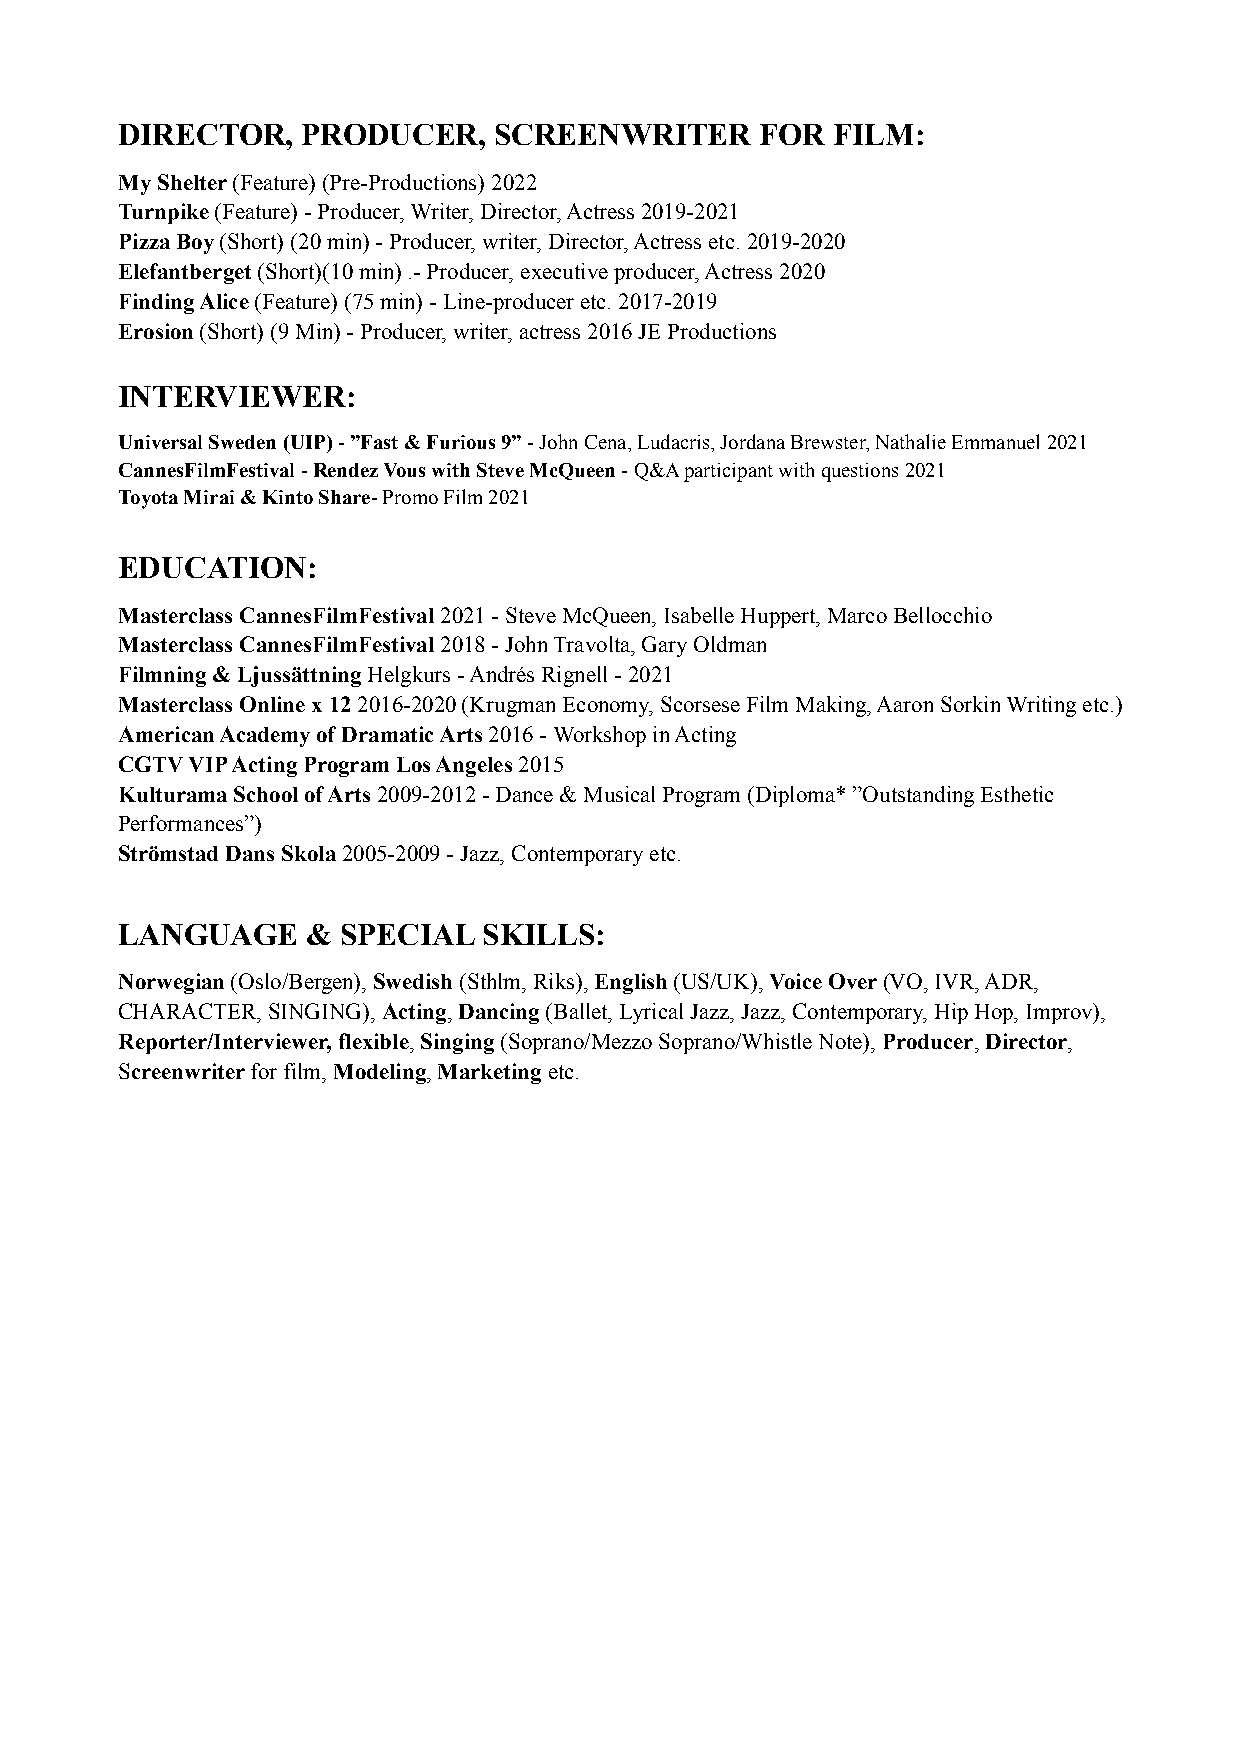
DIRECTOR,   PRODUCER,    SCREENWRITER     FOR  FILM:
 My Shelter (Feature) (Pre-Productions) 2022
 Turnpike (Feature) - Producer, Writer, Director, Actress 2019-2021
 Pizza Boy (Short) (20 min) - Producer, writer, Director, Actress etc. 2019-2020
 Elefantberget (Short)(10 min) .- Producer, executive producer, Actress 2020
 Finding Alice (Feature) (75 min) - Line-producer etc. 2017-2019
 Erosion (Short) (9 Min) - Producer, writer, actress 2016 JE Productions
 INTERVIEWER:
 Universal Sweden (UIP) - ”Fast & Furious 9” - John Cena, Ludacris, Jordana Brewster, Nathalie Emmanuel 2021
 CannesFilmFestival - Rendez Vous with Steve McQueen - Q&A participant with questions 2021
 Toyota Mirai & Kinto Share- Promo Film 2021
 EDUCATION:
 Masterclass CannesFilmFestival 2021 - Steve McQueen, Isabelle Huppert, Marco Bellocchio
 Masterclass CannesFilmFestival 2018 - John Travolta, Gary Oldman
 Filmning & Ljussättning Helgkurs - Andrés Rignell - 2021
 Masterclass Online x 12 2016-2020 (Krugman Economy, Scorsese Film Making, Aaron Sorkin Writing etc.)
 American Academy of Dramatic Arts 2016 - Workshop in Acting
 CGTV VIP Acting Program Los Angeles 2015
 Kulturama School of Arts 2009-2012 - Dance & Musical Program (Diploma* ”Outstanding Esthetic
 Performances”)
 Strömstad Dans Skola 2005-2009 - Jazz, Contemporary etc.
 LANGUAGE    &  SPECIAL  SKILLS:
 Norwegian (Oslo/Bergen), Swedish (Sthlm, Riks), English (US/UK), Voice Over (VO, IVR, ADR,
 CHARACTER, SINGING), Acting, Dancing (Ballet, Lyrical Jazz, Jazz, Contemporary, Hip Hop, Improv),
 Reporter/Interviewer, flexible, Singing (Soprano/Mezzo Soprano/Whistle Note), Producer, Director,
 Screenwriter for film, Modeling, Marketing etc.